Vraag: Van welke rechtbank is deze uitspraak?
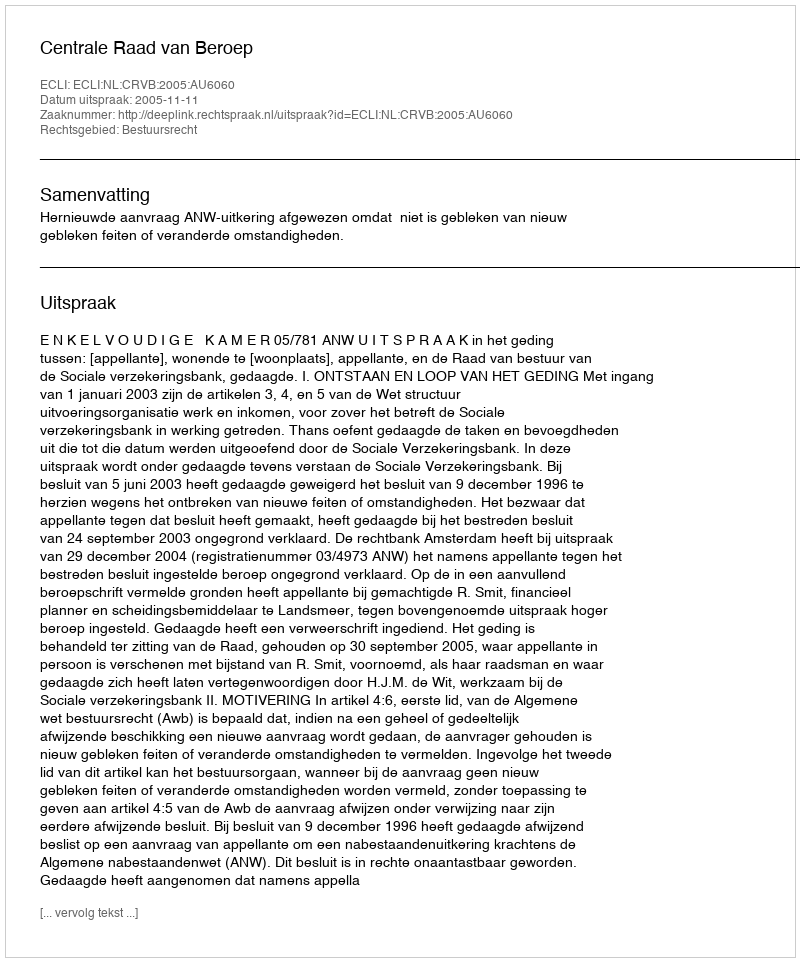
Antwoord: Centrale Raad van Beroep